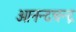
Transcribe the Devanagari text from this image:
आनन्दचन्द्र